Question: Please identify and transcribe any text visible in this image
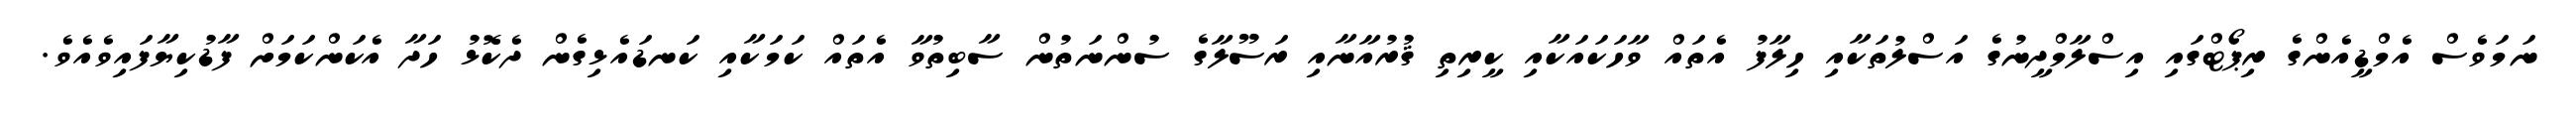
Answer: ނަމަވެސް އެމްޑީއެންގެ ރިޕޯޓްގައި އިސްލާމްދީނުގެ އަސްލުތަކާއި ހިލާފު އެތައް ވާހަކައަކާއި ކީރިތި ޤުރުއާނާއި ރަސޫލާގެ ސުންނަތުން ސާބިތުވާ އެތައް ކަމަކާއި ކަނޑައެޅިގެން ދެކޮޅު ހަދާ އެކަންކަމަށް ފާޑުކިޔާފައިވެއެވެ.